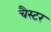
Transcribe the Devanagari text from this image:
चैस्टर